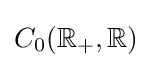
C_{0}(\mathbb {R} _{+},\mathbb {R} )